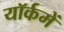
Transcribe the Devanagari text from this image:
यॉर्कमें